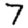
Digit: 7